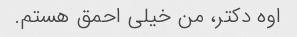
اوه دکتر، من خیلی احمق هستم.